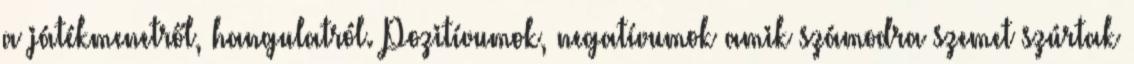
a játékmenetről, hangulatról. Pozitívumok, negatívumok amik számodra szemet szúrtak